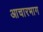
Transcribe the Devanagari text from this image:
आचारभाग